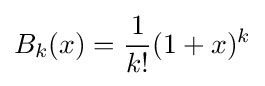
B_{k}(x)={\frac {1}{k!}}(1+x)^{k}